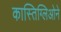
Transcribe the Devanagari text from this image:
कास्तिग्लिओने